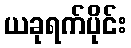
ယခုရက်ပိုင်း